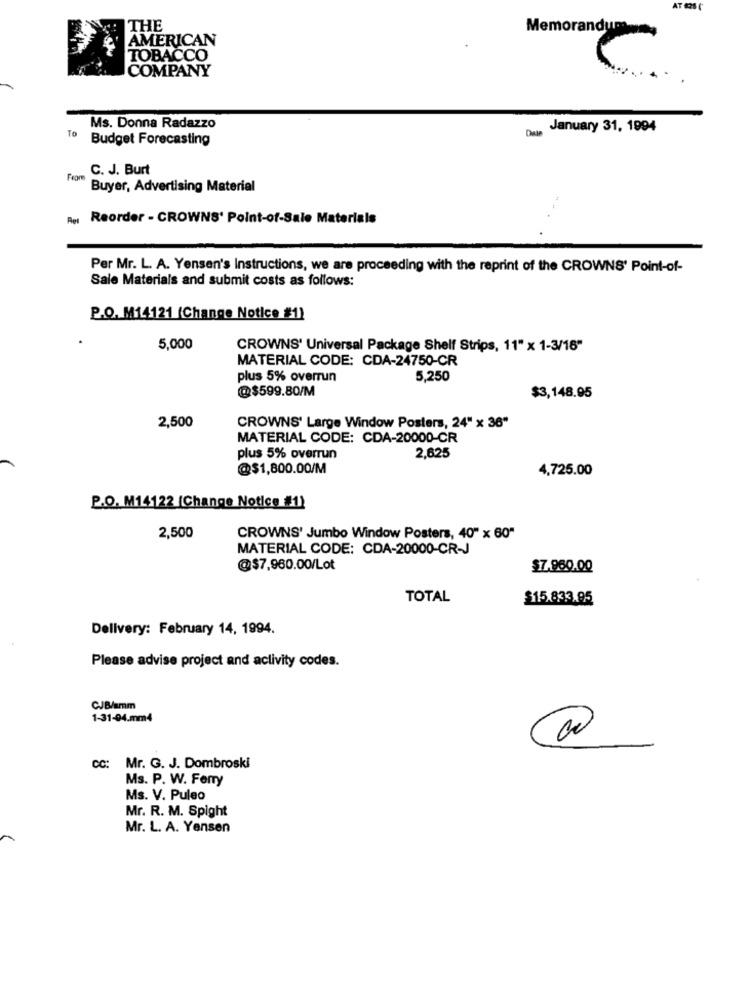
AT OS (
THE
Memorandum
AMERICAN
TOBACCO
COMPANY
C
Ms. Donna Radazzo
Date
January 31, 1994
To
Budget Forecasting
C. J. Burt
Feore
Buyer, Advertising Material
Agi Reorder - CROWNS' Point-of-Sale Materials
Per Mr. L. A. Yensen's Instructions, we are proceeding with the reprint of the CROWNS' Point-of-
Sale Materials and submit costs as follows:
P.O. M14121 (Change Notice #1)
5,000
CROWNS' Universal Package Shelf Strips, 11" x 1-3/16"
MATERIAL CODE: CDA-24750-CR
plus 5% overrun
5,250
@$599.80/M
$3,148.95
2,500
CROWNS' Large Window Posters, 24" x 36"
MATERIAL CODE: CDA-20000-CR
plus 5% overrun
2,625
@$1,800.00/M
4,725.00
P.O. M14122 (Change Notice #1)
2,500
CROWNS' Jumbo Window Posters, 40" x 60"
MATERIAL CODE: CDA-20000-CR-J
@$7,960.00/Lot
$7.960.00
TOTAL
$15.833.95
Delivery: February 14, 1994.
Please advise project and activity codes.
CJB/smm
1-31-94.mm4
@
cc: Mr. G. J. Dombroski
Ms. P. W. Ferry
Ms. V. Puleo
Mr. R. M. Spight
Mr. L. A. Yensen